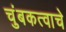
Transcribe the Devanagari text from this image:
चुंबकत्वाचे